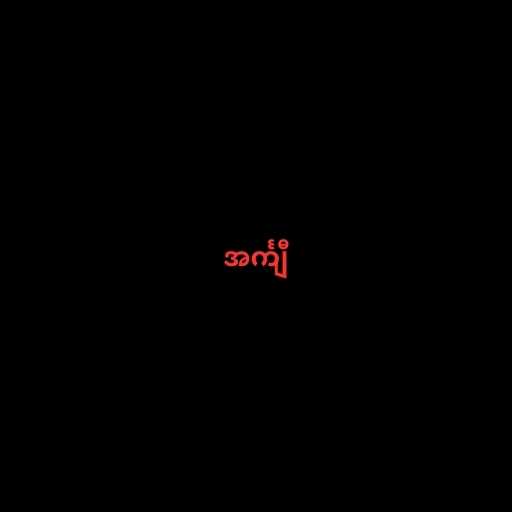
အင်္ကျီ